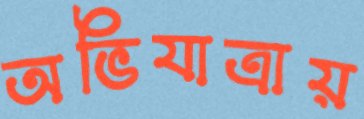
অভিযাত্রায়